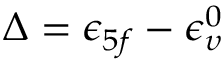
\Delta = \epsilon _ { 5 f } - \epsilon _ { \upsilon } ^ { 0 }